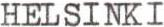
HELSINKI